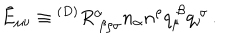
\tilde { E } _ { \mu \nu } \equiv { } ^ { ( D ) } R _ { ~ \beta \rho \sigma } ^ { \alpha } n _ { \alpha } n ^ { \rho } q _ { \mu } ^ { ~ \beta } q _ { \nu } ^ { ~ \sigma } \, .